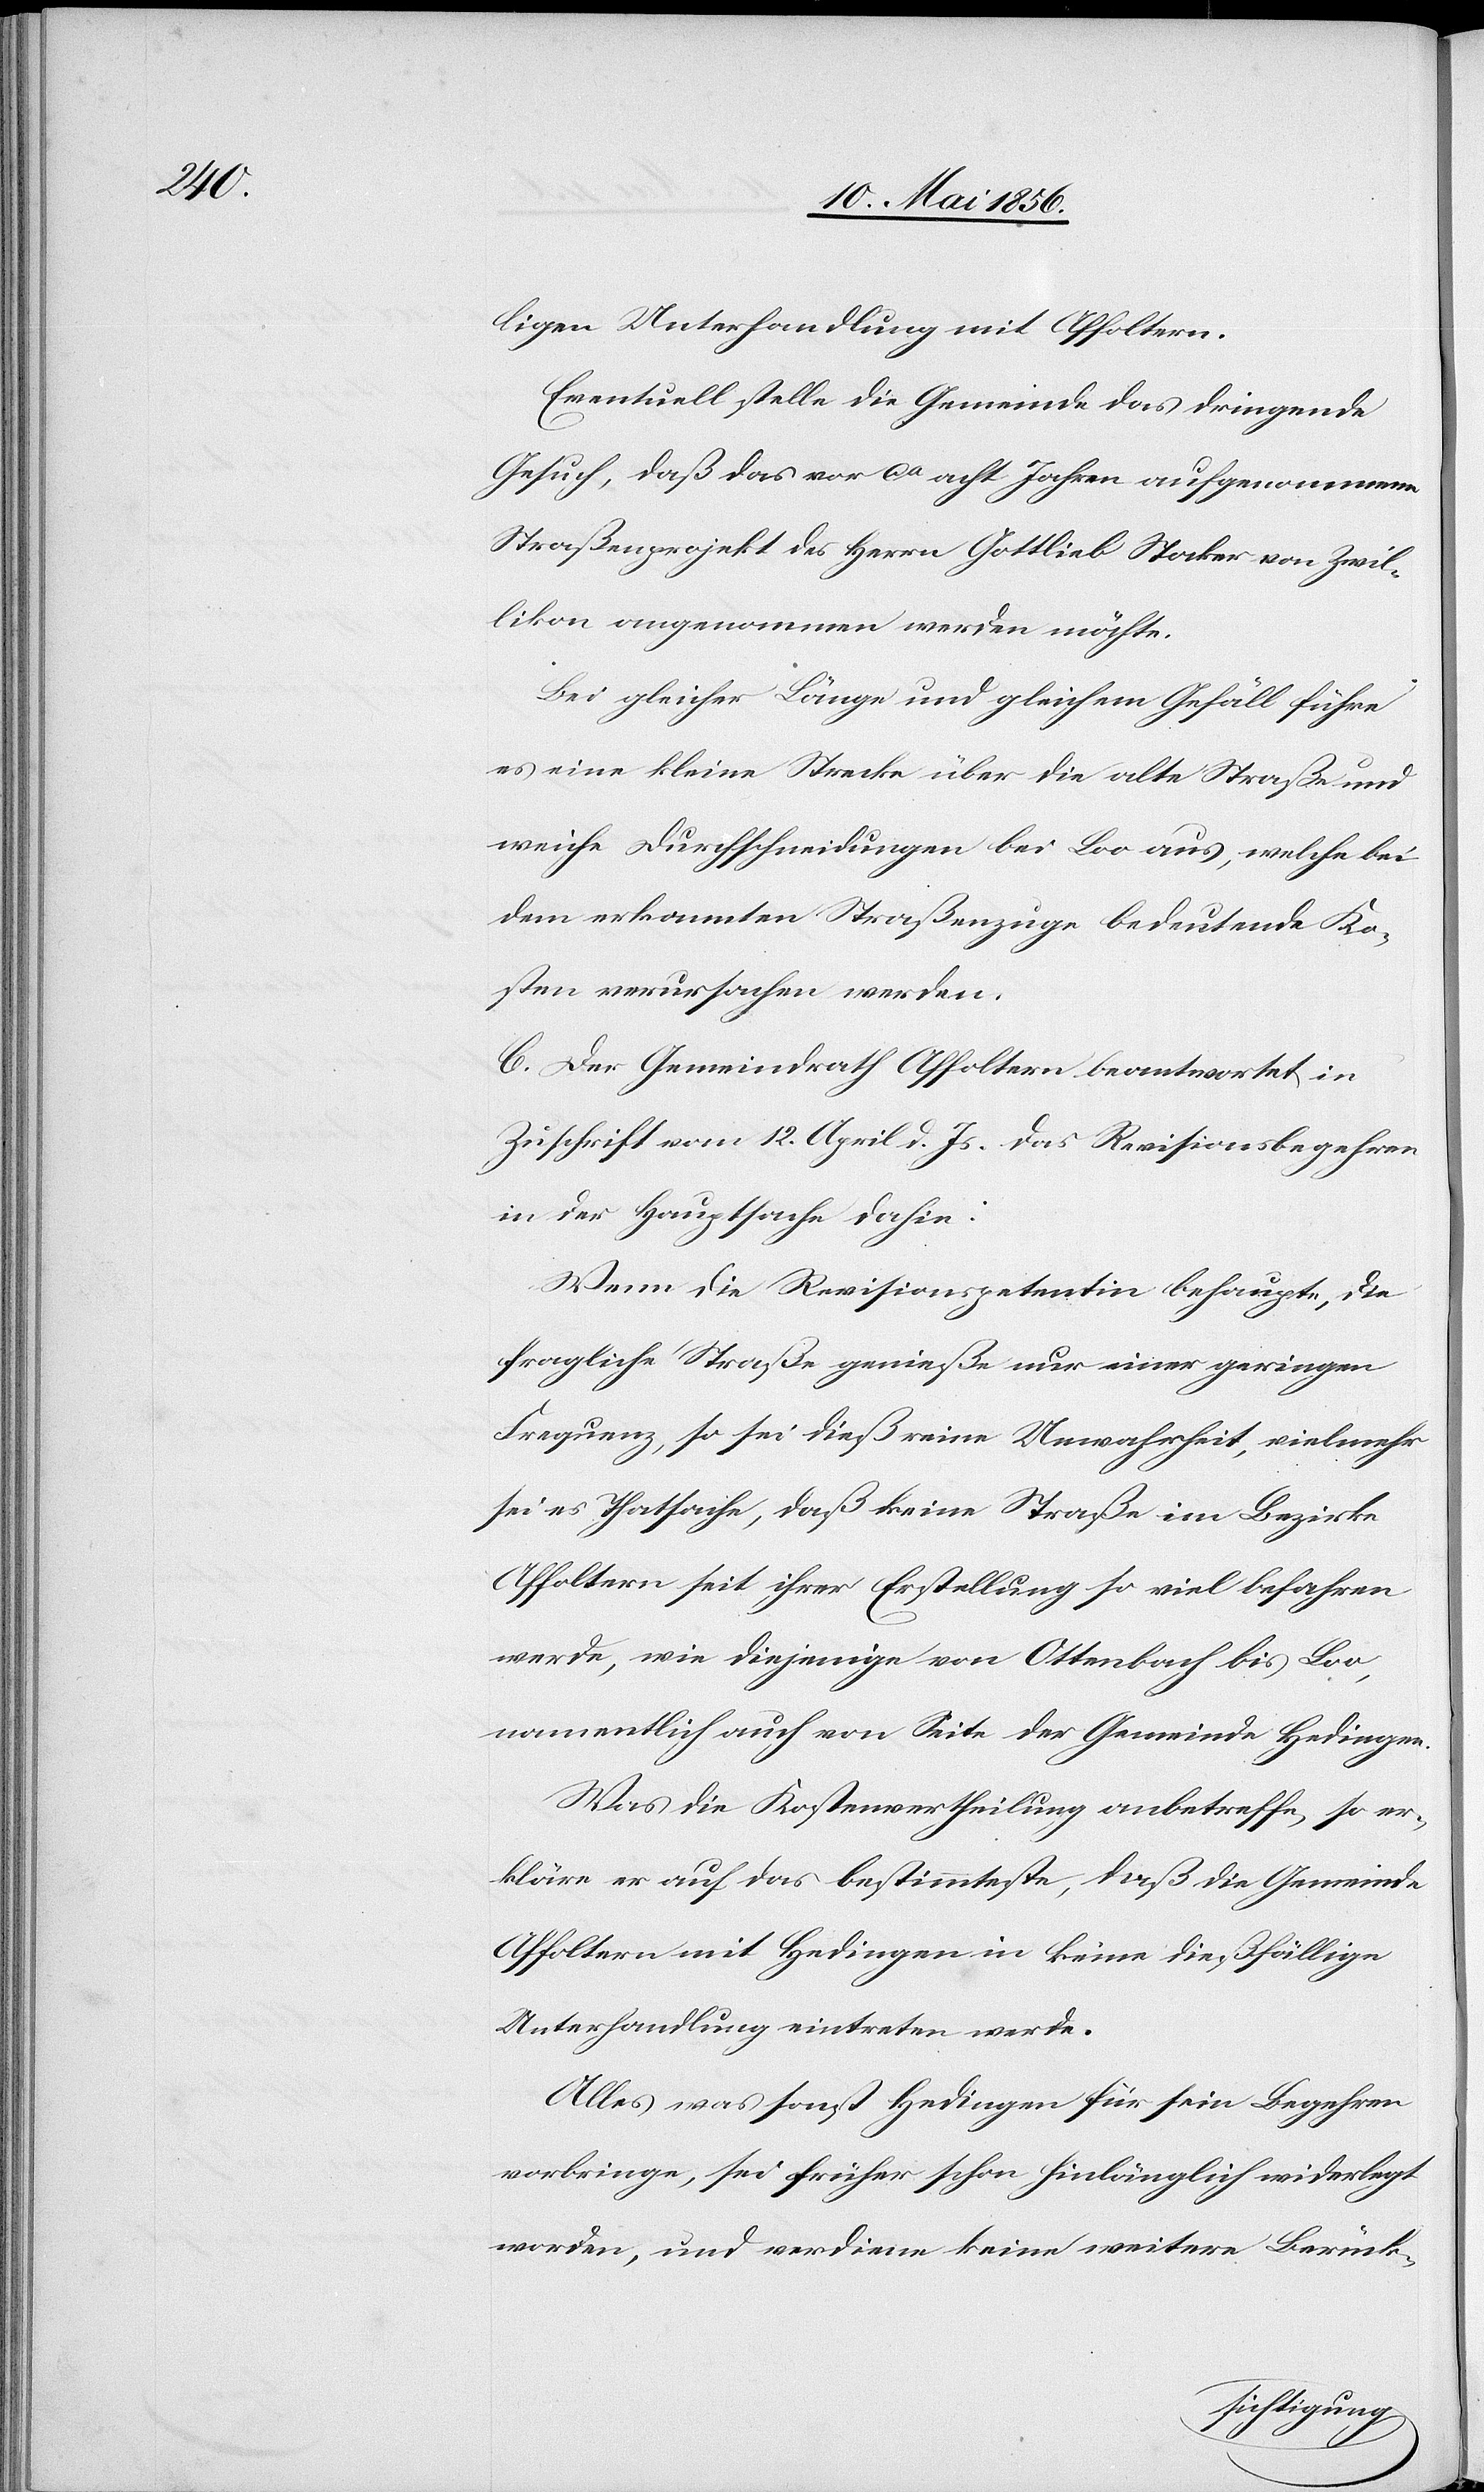
ligen Unterhandlung mit Affoltern.
Eventuell stelle die Gemeinde das dringende
Gesuch, daß das vor ca acht Jahren aufgenommene
Straßenprojekt des Herrn Gottlieb Stocker von Zwil¬
likon angenommen werden möchte.
Bei gleicher Länge und gleichem Gefäll führe
es eine kleine Strecke über die alte Straße und
weiche Durchschneidungen bei Loo aus, welche bei
dem erkannten Straßenzuge bedeutende Ko¬
sten verursachen werden.
C. Der Gemeindrath Affoltern beantwortet in
Zuschrift vom 12. April d. Js. das Revisionsbegehren
in der Hauptsache dahin:
Wenn die Revisionspetentin behaupte, die
fragliche Straße genieße nur einer geringen
Frequenz, so sei dieß reine Unwahrheit, vielmehr
sei es Thatsache, daß keine Straße im Bezirke
Affoltern seit ihrer Erstellung so viel befahren
werde, wie diejenige von Ottenbach bis Loo,
namentlich auch von Seite der Gemeinde Hedingen.
Was die Kostenvertheilung anbetreffe, so er¬
kläre er auf das bestimmteste, daß die Gemeinde
Affoltern mit Hedingen in keine dießfällige
Unterhandlung eintreten werde.
Alles was sonst Hedingen für sein Begehren
vorbringe, sei früher schon hinlänglich widerlegt
worden, und verdiene keine weitere Berück-